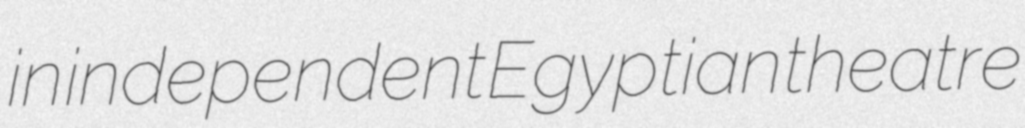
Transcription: in independent Egyptian theatre